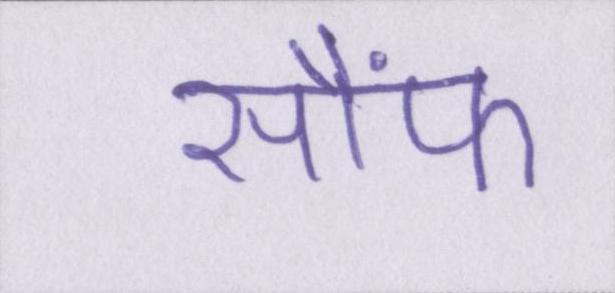
सौंफ